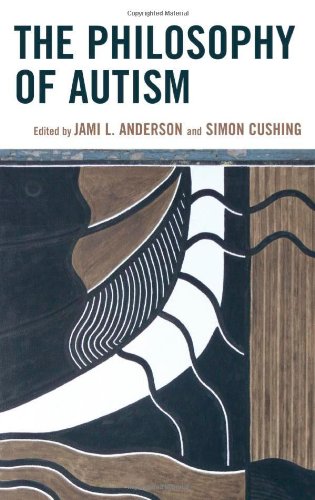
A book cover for The Philosophy of Autism; Jami L. Anderson; Politics & Social Sciences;